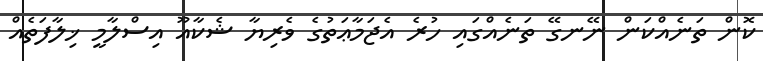
ކޮން ތަނެއްކަން ނޭނގޭ ތަނެއްގައި ހުރެ އެޖަމާޢަތުގެ ވެރިޔާ ޝެކާއޫ އިސްލާމީ ޚިލާފަތެއް